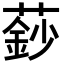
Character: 𮑍